Lunatic asylums Central Provinces reports 1874-1885 - 1874-1885
Year: 1874
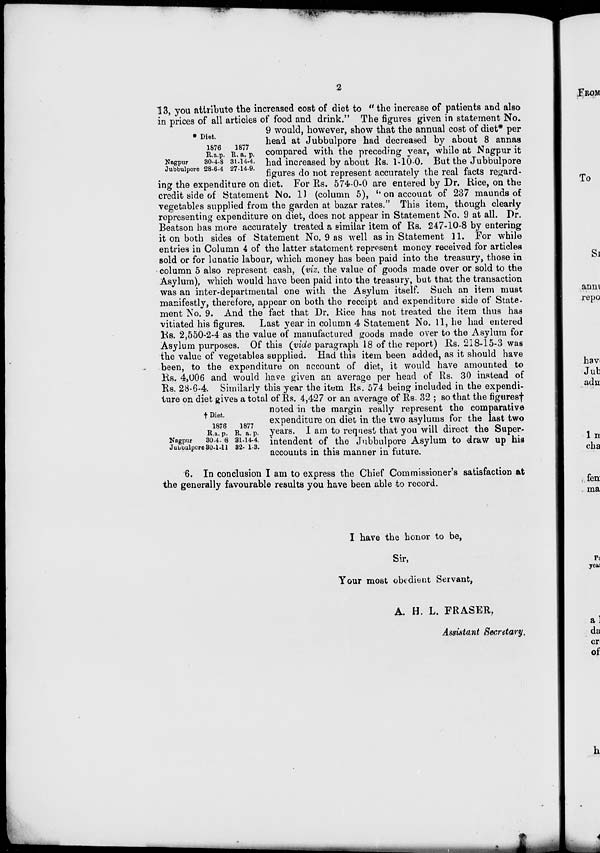
2
Diet.
Nagpur
Jubbulpore
1876
R. a. p.
30-4-8
28-6-4
1877
R. a. p.
31-14-4.
27-14-9.
† Diet.
Nagpur
Jubbulpore
1876
R. a. p.
30-4-8
30-1-11
1877
R. a. p.
31-14-4.
32-1-3.
13, you attribute the increased cost of diet to "the increase of patients and also
in prices of all articles of food and drink." The figures given in statement No.
9 would, however, show that the annual cost of diet* per
head at Jubbulpore had decreased by about 8 annas
compared with the preceding year, while at Nagpur it
had increased by about Rs. 1-10-0. But the Jubbulpore
figures do not represent accurately the real facts regard-
ing the expenditure on diet. For Rs. 574-0-0 are entered by Dr. Rice, on the
credit side of Statement No. 11 (column 5), "on account of 237 maunds of
vegetables supplied from the garden at bazar rates." This item, though clearly
representing expenditure on diet, does not appear in Statement No. 9 at all. Dr.
Beatson has more accurately treated a similar item of Rs. 247-10-8 by entering
it on both sides of Statement No. 9 as well as in Statement 11. For while
entries in Column 4 of the latter statement represent money received for articles
sold or for lunatic labour, which money has been paid into the treasury, those in
column 5 also represent cash, (viz. the value of goods made over or sold to the
Asylum), which would have been paid into the treasury, but that the transaction
was an inter-departmental one with the Asylum itself. Such an item must
manifestly, therefore, appear on both the receipt and expenditure side of State-
ment No. 9. And the fact that Dr. Rice has not treated the item thus has
vitiated his figures. Last year in column 4 Statement No. 11, he had entered
Rs. 2,550-2-4 as the value of manufactured goods made over to the Asylum for
Asylum purposes. Of this (vide paragraph 18 of the report) Rs. 218-15-3 was
the value of vegetables supplied. Had this item been added, as it should have
been, to the expenditure on account of diet, it would have amounted to
Rs. 4,006 and would have given an average per head of Rs. 30 instead of
Rs. 28-6-4. Similarly this year the item Rs. 574 being included in the expendi-
ture on diet gives a total of Rs. 4,427 or an average of Rs. 32 ; so that the figures†
noted in the margin really represent the comparative
expenditure on diet in the two asylums for the last two
years. I am to request that you will direct the Super-
intendent of the Jubbulpore Asylum to draw up his
accounts in this manner in future.
6. In conclusion I am to express the Chief Commissioner's satisfaction at
the generally favourable results you have been able to record.
I have the honor to be,
Sir,
Your most obedient Servant,
A. H. L. FRASER,
Assistant Secretary.